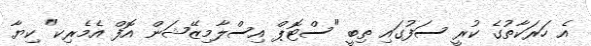
އެ ހަރަކާތުގެ ކުރީ ސަފުގައި ތިބީ "ސްޓޮޕް އިސްލާމިޒޭޝަން އޮފް އެމެރިކ" ކިޔާ